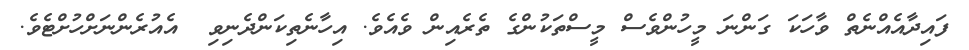
ފައިދާއެއްނެތް ވާހަކަ ގަންނަ މީހުންވެސް މީސްތަކުންގެ ތެރެއިން ވެއެވެ. އިހާނެތިކަންދެނިވި  އެއުރެންނަށްހުށްޓެވެ.